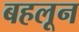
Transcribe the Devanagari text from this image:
बहलून